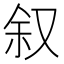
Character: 叙